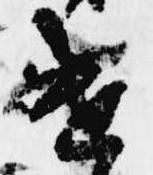
遣